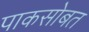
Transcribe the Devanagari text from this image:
पाकसोबत